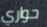
حواري